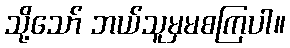
သို့သော် ဘယ်သူမှမစကြပါ။